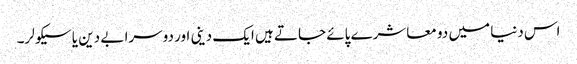
اس دنیا میں دو معاشرے پائے جاتے ہیں ایک دینی اور دوسرا بے دین یا سیکولر۔